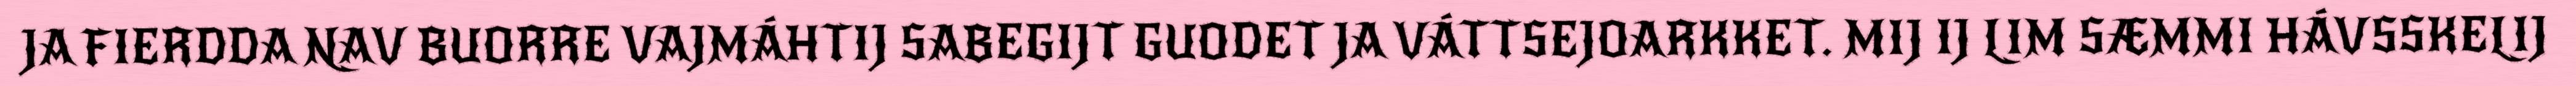
JA FIERDDA NAV BUORRE VAJMÁHTIJ SABEGIJT GUODET JA VÁTTSEJOARKKET. MIJ IJ LIM SÆMMI HÁVSSKELIJ